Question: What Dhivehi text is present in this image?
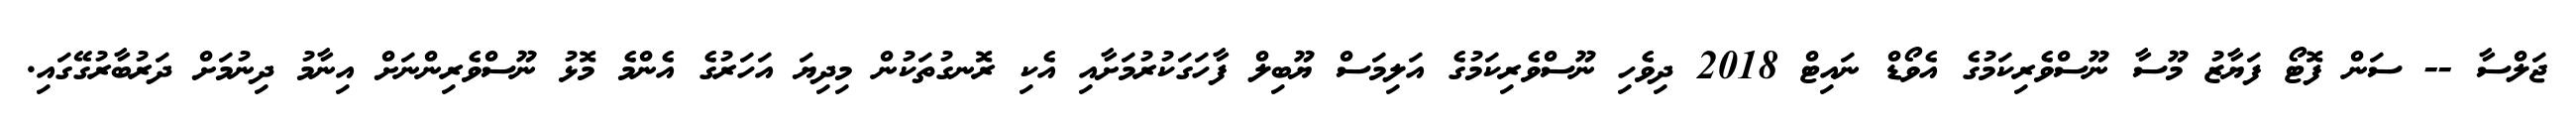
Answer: ޖަލްސާ -- ސަން ފޮޓޯ ފަޔާޒު މޫސާ ނޫސްވެރިކަމުގެ އެވޯޑް ނައިޓް 2018 ދިވެހި ނޫސްވެރިކަމުގެ އަލިމަސް ޔޫބިލް ފާހަގަކުރުމަށާއި އެކި ރޮނގުތަކުން މިދިޔަ އަހަރުގެ އެންމެ މޮޅު ނޫސްވެރިންނަށް އިނާމު ދިނުމަށް ދަރުބާރުގޭގައި.